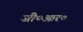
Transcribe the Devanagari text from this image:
जी०आर०